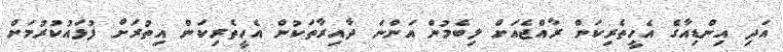
އަދި އިންޑިއާގެ އެހީތެރިކަން ރާއްޖެއަށް ލިބެމުން އަންނަ ދާއިރާތަކުން އެހީތެރިކަން އިތުރަށް ފުޅައުކުރުމަށް